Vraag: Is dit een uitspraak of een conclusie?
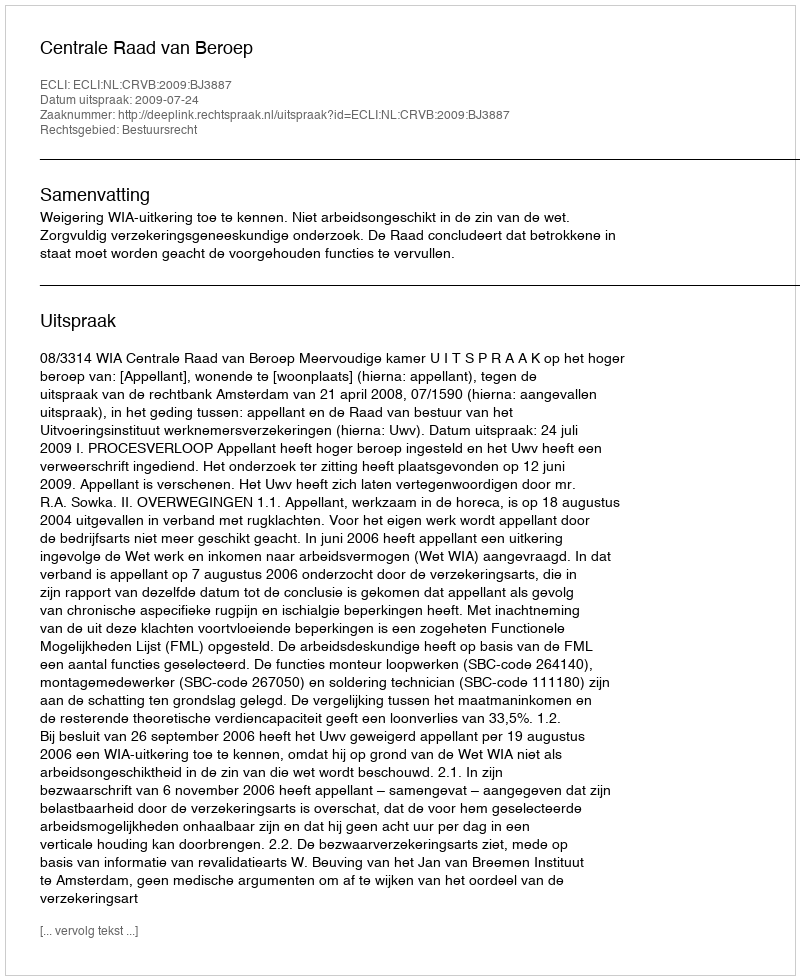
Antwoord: Uitspraak